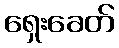
ရှေးခေတ်